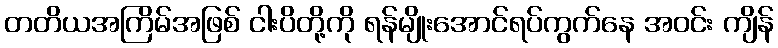
တတိယအကြိမ်အဖြစ် ငါးပိတို့ကို ရန်မျိုးအောင်ရပ်ကွက်နေ အဝင်း ကျိန်